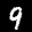
Label: 9